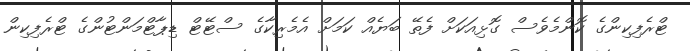
ޓްރެފިކިންގެ ކޮންމެވެސް ގޮޅިއަކަށް ފެތޭ ބަޔެއް ކަމަށް އެމެރިކާގެ ސްޓޭޓް ޑިޕާޓްމަންޓުންގެ ޓްރެފިކިން